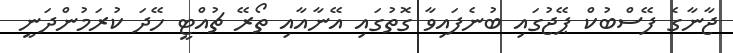
ޖާނާގެ ފޭސްބުކް ޕޭޖުގައި ބުނެފައިވާ ގޮތުގައި އޭނާއާއި ތޯރޭ ޗުއްޓީ ހޭދަ ކުރަމުންދަނީ